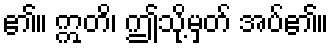
၏။ ဣတိ၊ ဤသို့မှတ် အပ်၏။